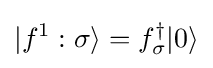
\vert f^{1}:\sigma \rangle =f_{\sigma }^{\dagger }\vert 0\rangle